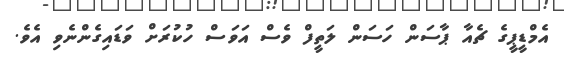
އެމްޑީޕީގެ ޗެއާ ޕާސަން ހަސަން ލަތީފް ވެސް އަވަސް ހުކުރަށް ވަޑައިގެންނެވި އެވެ.